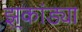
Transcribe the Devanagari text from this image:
झुकांड्या